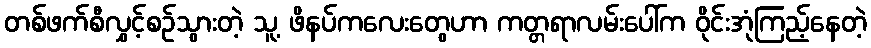
တစ်ဖက်စီလွှင့်စဉ်သွားတဲ့ သူ့ ဖိနပ်ကလေးတွေဟာ ကတ္တရာလမ်းပေါ်က ဝိုင်းအုံကြည့်နေတဲ့